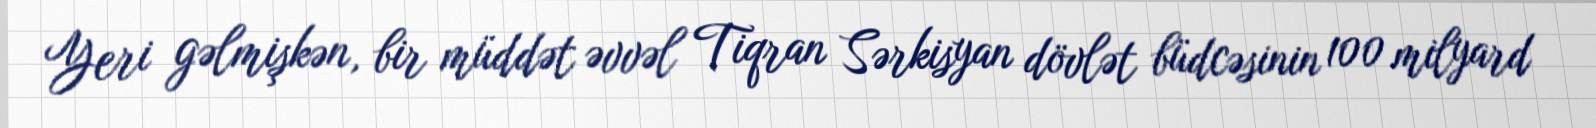
Yeri gəlmişkən, bir müddət əvvəl Tiqran Sərkisyan dövlət büdcəsinin 100 milyard